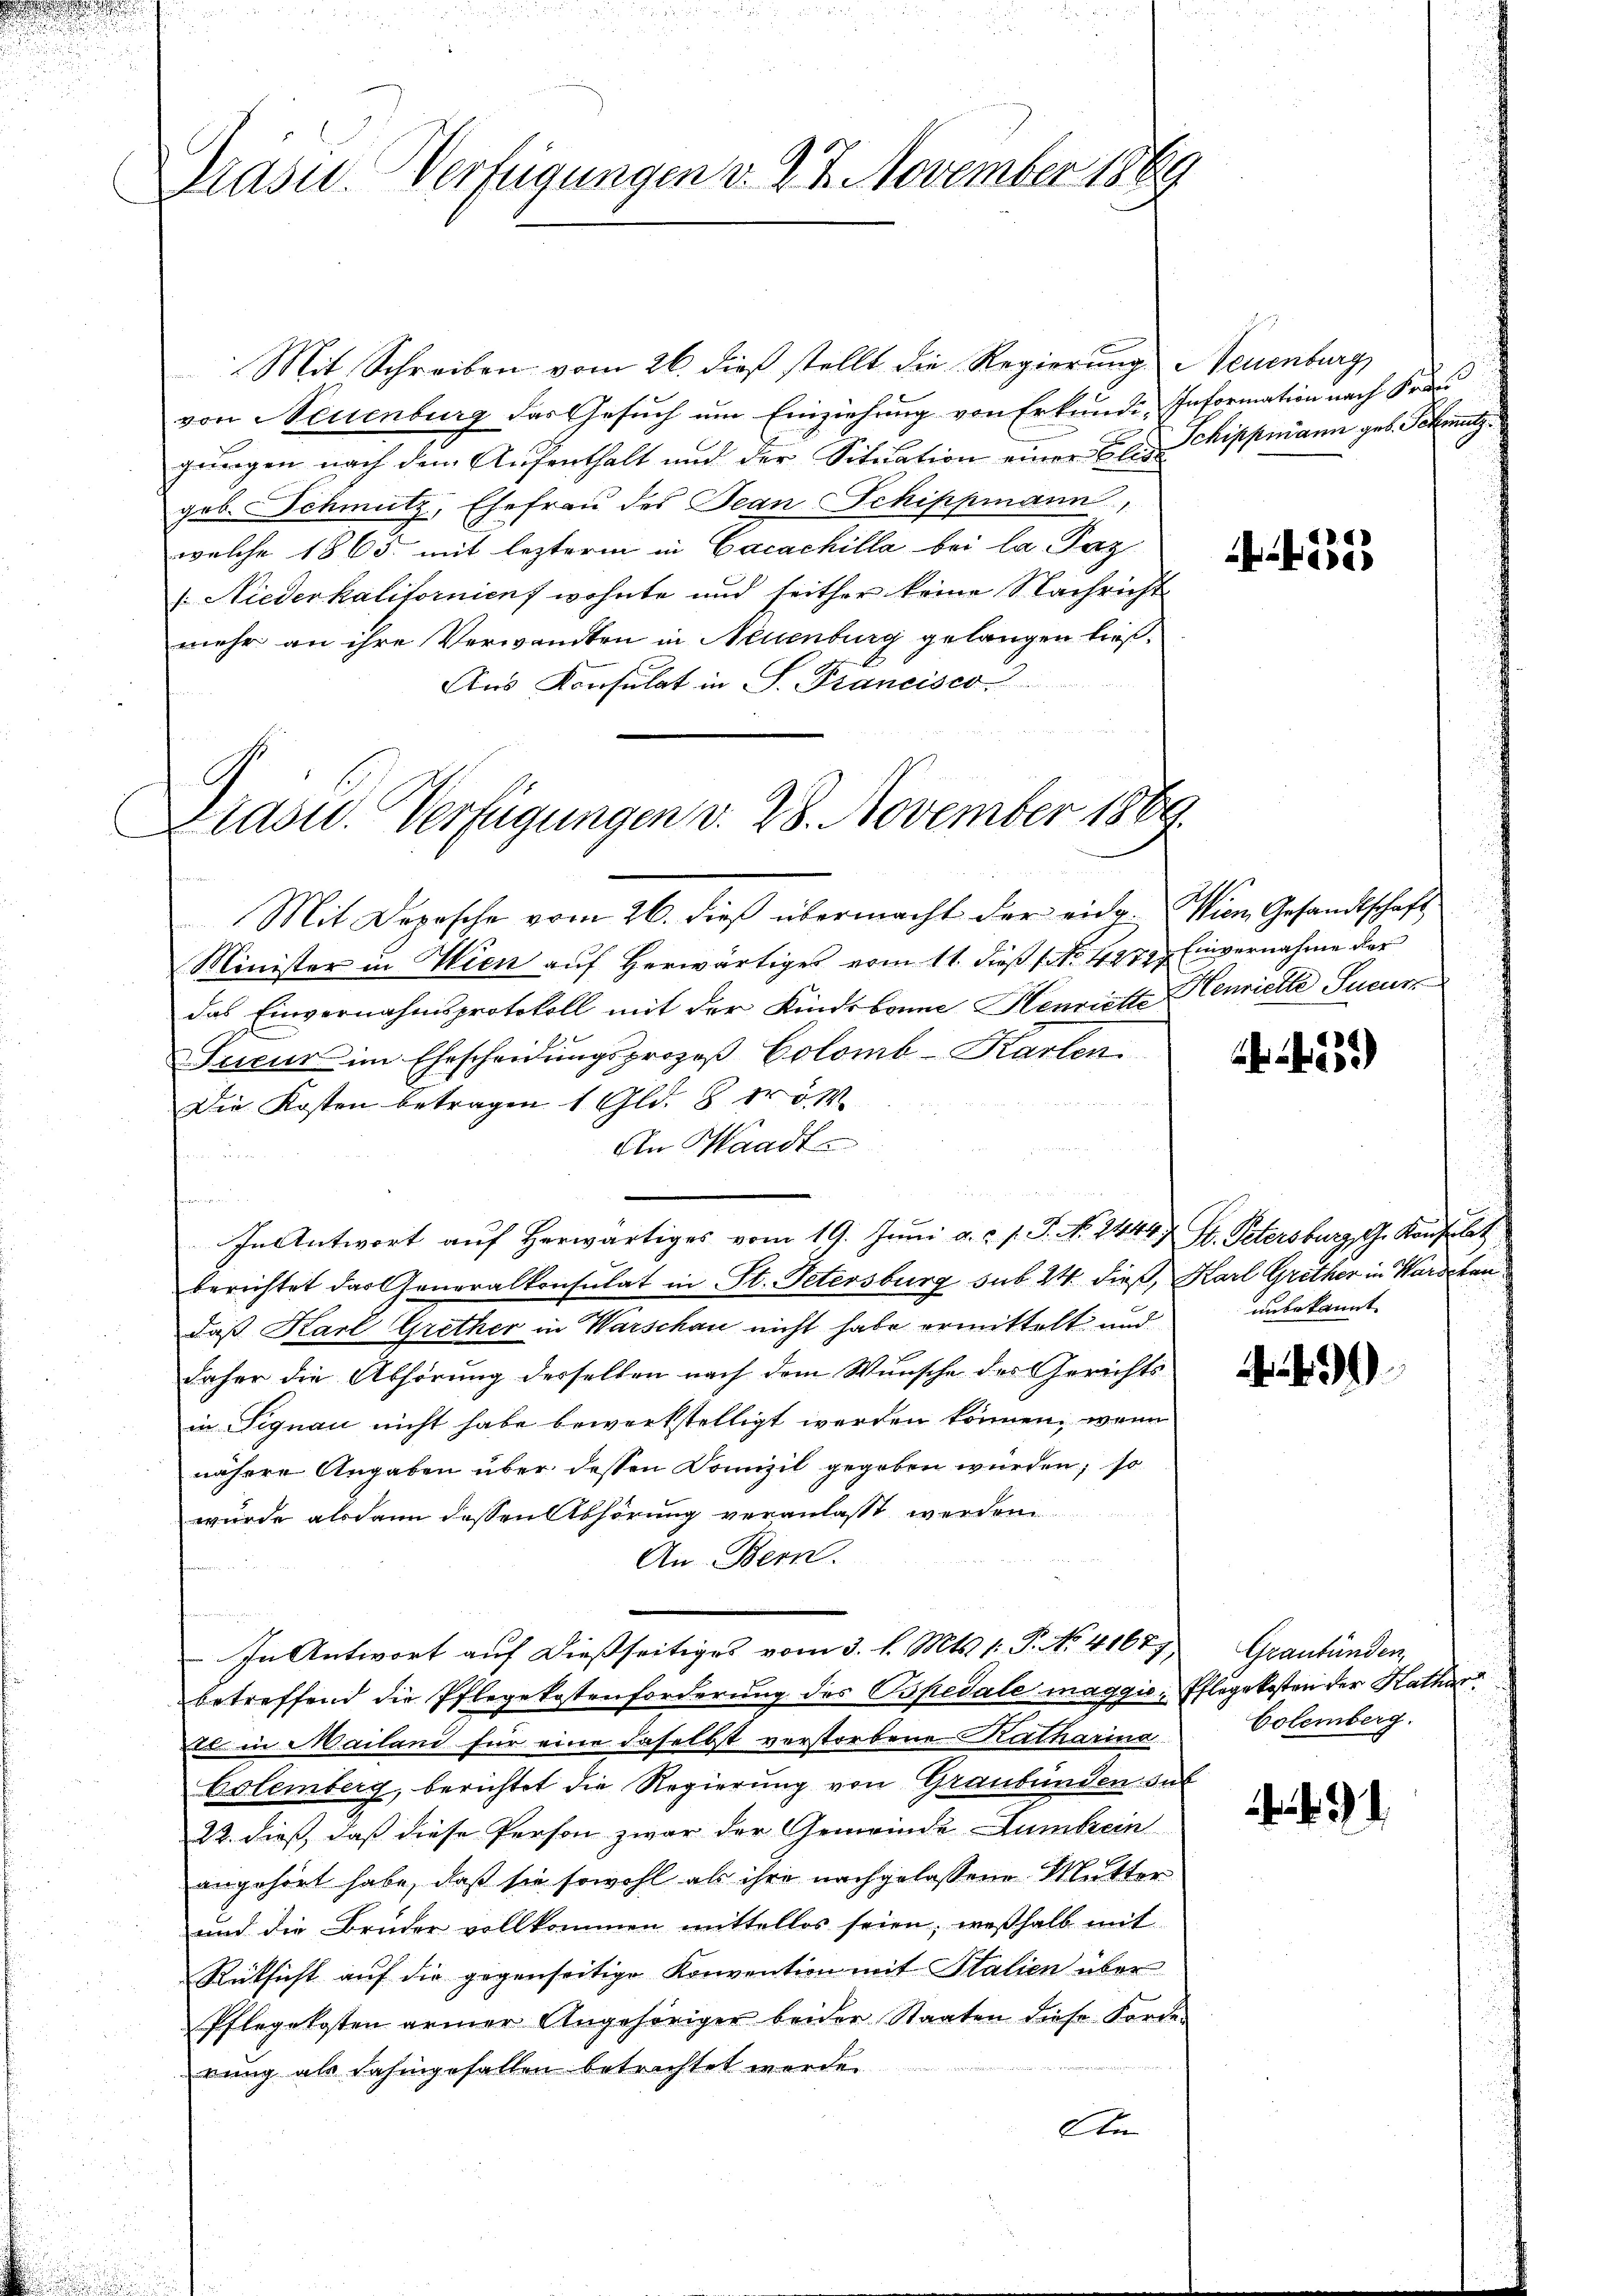
Präsid.. Verfügungen v. 27. November 1889

Mit Schreiben vom 26. dieß stellt die Regierung Neuenburg,
von Neuenburg das Gesuch um Einziehung von Erkundi-Information nach Frau
gungen nach dem Aufenthalt und der Situation einer Bad Schippmann geb. Schutzgro. Schmutz, Ehefrau des Jean Schippmann,
welche 1865 mit lezterm in Cacachilla bei la Paz
 Niederkalifornien wohnte und seither keine Nachricht
mehr an ihre Verwandten in Neuenburg gelangen ließ¬
Ans Konsulat in S. Franciser.

Drasu. Verfügungen v. 28. November 1869.

Mit Depesche vom 26. dieβ übermacht der eidg. Wien Gesandtschaft,
Minister in Wien auf herwärtiges vom 11. dieß (No. 4470. Einvernahme der
das Einvernahmsprotokoll mit der Kindebanne Henriette Henriette Sucur
Sacur im Ehescheidungsprozeß Colomb-Karten
Die Kosten betragen 1 Gld. 8 fr 5 M
An Waadt
u
c

In Antwort aŭf herwärtiges vom 19. Juni a.c. s. S. N. 2444 f. St. Petersburg, G. Konsulat
berichtet das Generalkonsulat in St. Petersburg sub 24 dieß, Karl Grither in Warschau
daß Karl Grether in Warschau nicht habe ermittelt und unbekannt
daher die Abhörung derselben nach dem Wunsche des Gerichts
in Signau nicht habe bewerkstelligt werden können, wenn
nähere Angaben über dessen Domizil gegeben würden; so
wurde alsdann dessen Abhörung veranlasst werden
An Bern.
In Antwort auf dießseitiges vom 3. l. Mts. 1. P. No. 41677,
betreffend die Pflegekostenforderung des Bspedale maggio-Pflegekosten der Kathar
E in Mailand für eine daselbst verstorbene Katharina
Colemberg, berichtet die Regierung von Graubünden sub
22. dieß, daß diese Person zwar der Gemeinde Dumtrein
angehört habe, daß sie sowohl als ihre nachgelassene Mutter
und die Bruder vollkommen mittellos seien, weßhalb mit
Rücksicht auf die gegenseitige Konvention mit Italien über
Pflegekosten armer Angehöriger beider Staaten diese Forden
rung als dahingefallen betrachtet werden
An

232

. 233.

Graubünden,
Colemberg.

.